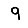
Digit: 9